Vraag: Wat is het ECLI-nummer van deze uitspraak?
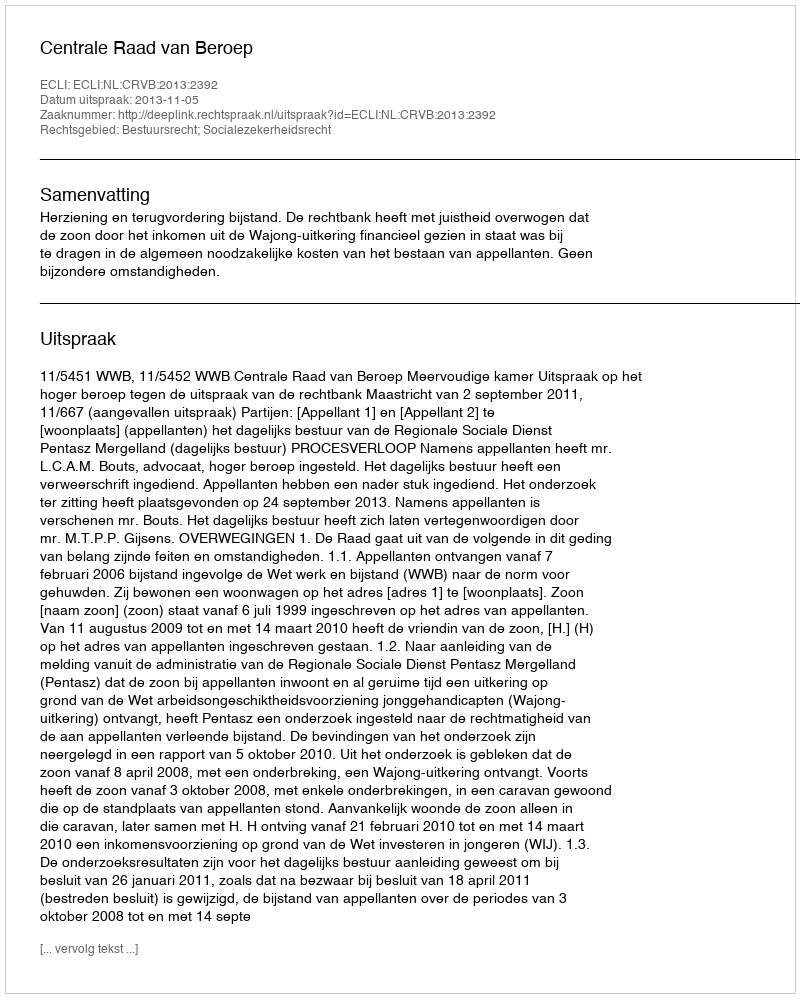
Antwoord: ECLI:NL:CRVB:2013:2392